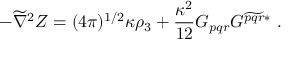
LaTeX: - \widetilde \nabla ^ { 2 } Z = ( 4 \pi ) ^ { 1 / 2 } \kappa \rho _ { 3 } + \frac { \kappa ^ { 2 } } { 1 2 } G _ { p q r } G ^ { \widetilde { p q r } * } \ .